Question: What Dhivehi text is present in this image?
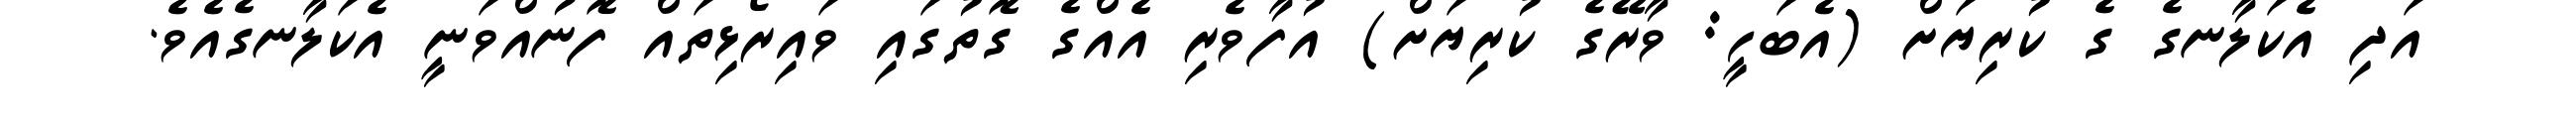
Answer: އަދި އެކަލާނގެ ގެ ކުރިޔަށް (އެބަހީ: ވާރޭގެ ކުރިޔަށް) އުފާވެރި އެއްގެ ގޮތުގައި ވައިރޯޅިތައް ފޮނުއްވަނީ އެކަލާނގެއެވެ.